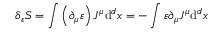
\delta _ { \varepsilon } S = \int \left( \partial _ { \mu } \varepsilon \right) J ^ { \mu } \mathrm { d } ^ { d } x = - \int \varepsilon \partial _ { \mu } J ^ { \mu } \mathrm { d } ^ { d } x